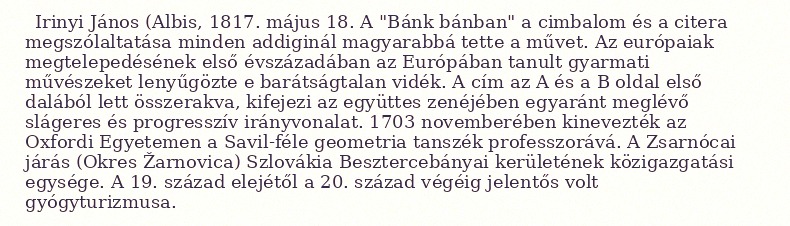
Irinyi János (Albis, 1817. május 18. A "Bánk bánban" a cimbalom és a citera megszólaltatása minden addiginál magyarabbá tette a művet. Az európaiak megtelepedésének első évszázadában az Európában tanult gyarmati művészeket lenyűgözte e barátságtalan vidék. A cím az A és a B oldal első dalából lett összerakva, kifejezi az együttes zenéjében egyaránt meglévő slágeres és progresszív irányvonalat. 1703 novemberében kinevezték az Oxfordi Egyetemen a Savil-féle geometria tanszék professzorává. A Zsarnócai járás (Okres Žarnovica) Szlovákia Besztercebányai kerületének közigazgatási egysége. A 19. század elejétől a 20. század végéig jelentős volt gyógyturizmusa.